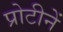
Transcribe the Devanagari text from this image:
प्रोटीनें